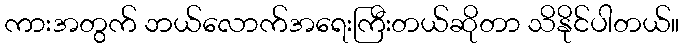
ကားအတွက် ဘယ်လောက်အရေးကြီးတယ်ဆိုတာ သိနိုင်ပါတယ်။